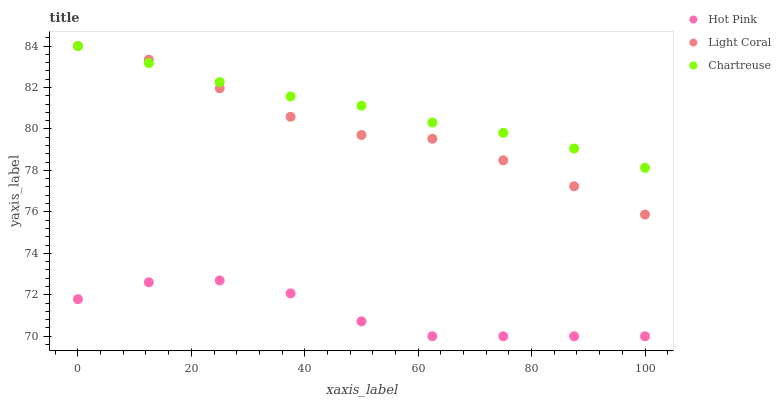
| xaxis_label | Hot Pink | Light Coral | Chartreuse |
 | --- | --- | --- | --- |
 | 0 | 71.8 | 84 | 84 |
 | 12.5 | 72.6 | 83.3 | 83.2 |
 | 25 | 72.7 | 82 | 82.3 |
 | 37.5 | 72.1 | 80.6 | 81.6 |
 | 50 | 70.7 | 79.7 | 81.1 |
 | 62.5 | 70 | 79.5 | 80.3 |
 | 75 | 70 | 78.5 | 79.8 |
 | 87.5 | 70 | 77.2 | 79.1 |
 | 100 | 70 | 75.9 | 78.1 |